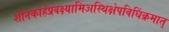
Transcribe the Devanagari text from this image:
शौनकोहंप्रवक्ष्यामिअस्थिक्षेपविधिंक्रमात्